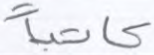
كاتبا